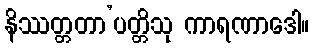
နိဿတ္တတာ’ပတ္တိသု ကာရဏာဒေါ။